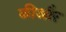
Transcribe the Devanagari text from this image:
कीऔर